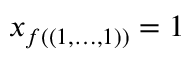
x _ { f ( \left( 1 , \ldots , 1 \right) ) } = 1